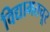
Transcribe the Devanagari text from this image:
विद्यामतचूर